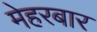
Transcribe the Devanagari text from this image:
मेहरबार